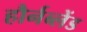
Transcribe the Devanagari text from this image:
हौर्नब्लेंड